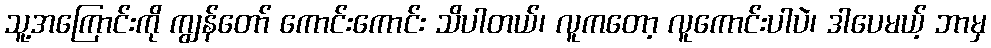
သူ့အကြောင်းကို ကျွန်တော် ကောင်းကောင်း သိပါတယ်၊ လူကတော့ လူကောင်းပါပဲ၊ ဒါပေမယ့် ဘာမှ